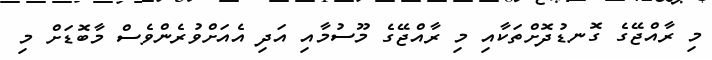
މި ރާއްޖޭގެ ގޮނޑުދޮށްތަކާއި މި ރާއްޖޭގެ މޫސުމާއި އަދި އެއަށްވުރެންވެސް މާބޮޑަށް މި